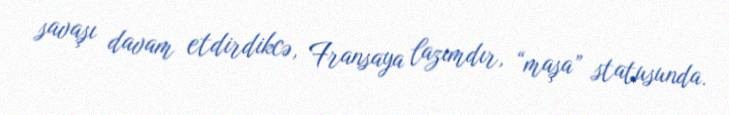
savaşı davam etdirdikcə, Fransaya lazımdır, “maşa” statusunda.